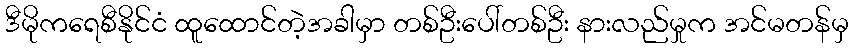
ဒီမိုကရေစီနိုင်ငံ ထူထောင်တဲ့အခါမှာ တစ်ဦးပေါ်တစ်ဦး နားလည်မှုက အင်မတန်မှ